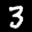
Label: 3